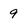
Character: 9